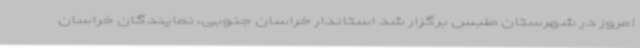
امروز در شهرستان طبس برگزار شد استاندار خراسان جنوبی، نمایندگان خراسان